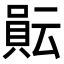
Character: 𧶊